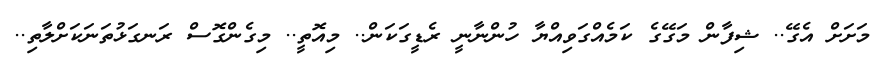
މަށަށް އެގޭ.. ޝިފާން މަގޭގެ ކަމެއްގަވިއްޔާ ހުންނާނީ ރެޑީގަކަން.. މިއޮތީ.. މިގެންގޮސް ރަނގަޅުތަނަކަށްލާތި..